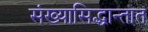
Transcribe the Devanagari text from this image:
संख्यासिद्धान्तात